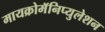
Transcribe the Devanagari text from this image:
मायक्रोमॅनिप्युलेशन